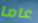
عاما